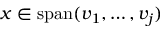
x \in \operatorname { s p a n } ( v _ { 1 } , \dotsc , v _ { j } )